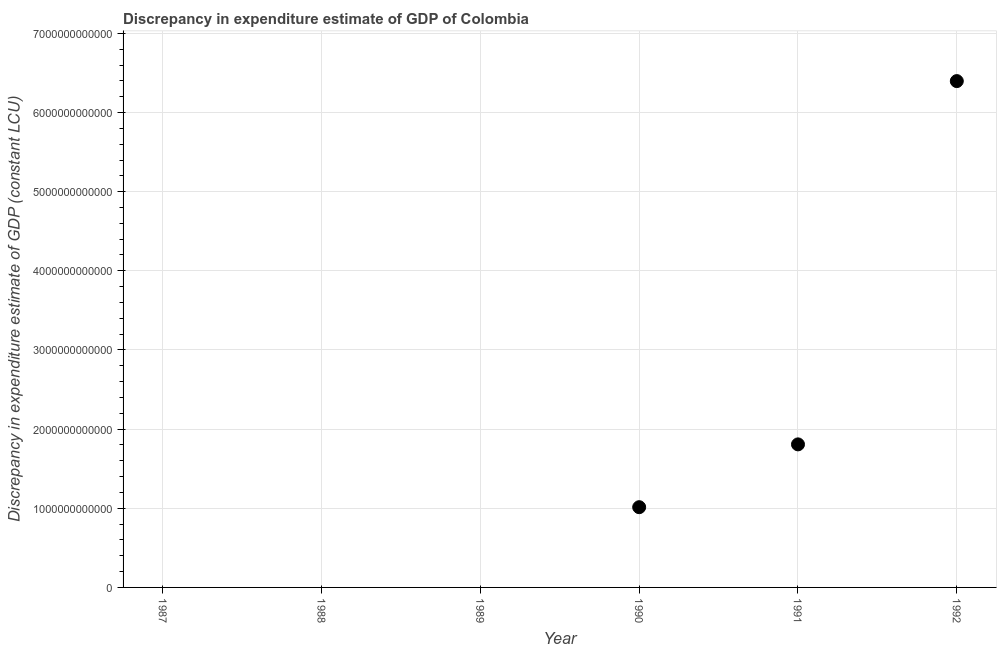
| Year | Discrepancy constant LCU |
 | --- | --- |
 | 1987 | -4.79e+12 |
 | 1988 | -6.31e+12 |
 | 1989 | -5.24e+12 |
 | 1990 | 1.01e+12 |
 | 1991 | 1.81e+12 |
 | 1992 | 6.4e+12 |